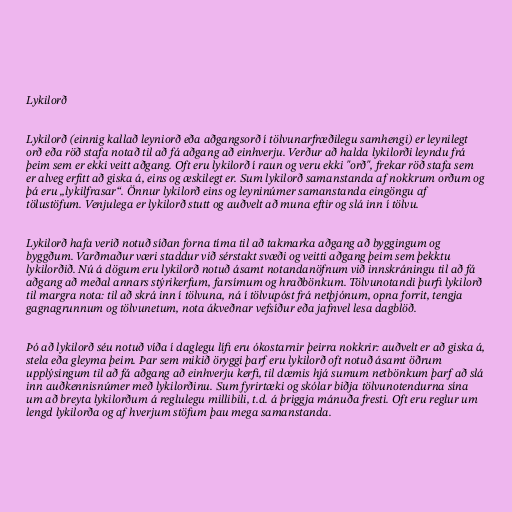
Lykilorð

Lykilorð (einnig kallað leyniorð eða aðgangsorð í tölvunarfræðilegu samhengi) er leynilegt
orð eða röð stafa notað til að fá aðgang að einhverju. Verður að halda lykilorði leyndu frá
þeim sem er ekki veitt aðgang. Oft eru lykilorð í raun og veru ekki "orð", frekar röð stafa sem
er alveg erfitt að giska á, eins og æskilegt er. Sum lykilorð samanstanda af nokkrum orðum og
þá eru „lykilfrasar“. Önnur lykilorð eins og leyninúmer samanstanda eingöngu af
tölustöfum. Venjulega er lykilorð stutt og auðvelt að muna eftir og slá inn í tölvu.

Lykilorð hafa verið notuð síðan forna tíma til að takmarka aðgang að byggingum og
byggðum. Varðmaður væri staddur við sérstakt svæði og veitti aðgang þeim sem þekktu
lykilorðið. Nú á dögum eru lykilorð notuð ásamt notandanöfnum við innskráningu til að fá
aðgang að meðal annars stýrikerfum, farsímum og hraðbönkum. Tölvunotandi þurfi lykilorð
til margra nota: til að skrá inn í tölvuna, ná í tölvupóst frá netþjónum, opna forrit, tengja
gagnagrunnum og tölvunetum, nota ákveðnar vefsíður eða jafnvel lesa dagblöð.

Þó að lykilorð séu notuð víða í daglegu lífi eru ókostarnir þeirra nokkrir: auðvelt er að giska á,
stela eða gleyma þeim. Þar sem mikið öryggi þarf eru lykilorð oft notuð ásamt öðrum
upplýsingum til að fá aðgang að einhverju kerfi, til dæmis hjá sumum netbönkum þarf að slá
inn auðkennisnúmer með lykilorðinu. Sum fyrirtæki og skólar biðja tölvunotendurna sína
um að breyta lykilorðum á reglulegu millibili, t.d. á þriggja mánuða fresti. Oft eru reglur um
lengd lykilorða og af hverjum stöfum þau mega samanstanda.